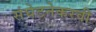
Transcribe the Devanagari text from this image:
संघेटनेकरवी